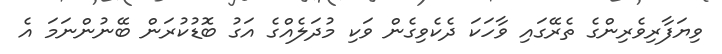
ވިޔަފާރިވެރިންގެ ތެރޭގައި ވާހަކަ ދެކެވިގެން ވަކި މުދަލެއްގެ އަގު ބޮޑުކުރަން ބޭނުންނަމަ އެ